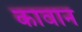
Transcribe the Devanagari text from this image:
कावान